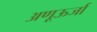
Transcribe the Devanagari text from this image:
अणूऊर्जा